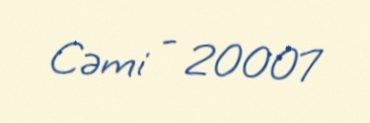
Cəmi - 20007